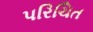
પરિચિત